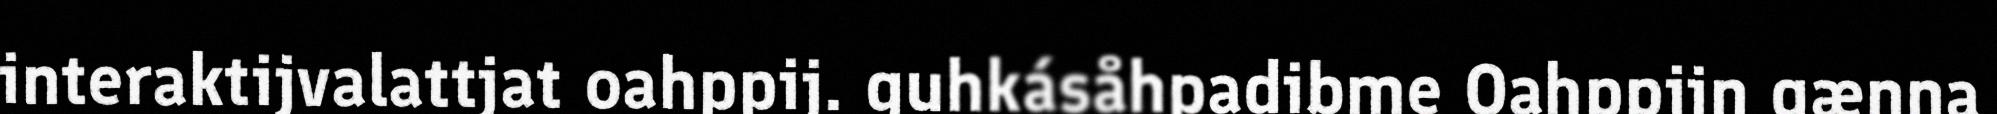
interaktijvalattjat oahppij. guhkásåhpadibme Oahppijn gænna